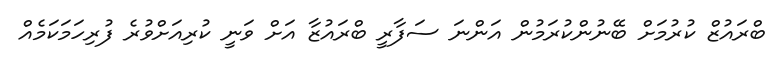
ބްރައުޒް ކުރުމަށް ބޭނުންކުރަމުން އަންނަ ސަފާރީ ބްރައުޒާ އަށް ވަނީ ކުރިއަށްވުރެ ފުރިހަމަކަމެއް